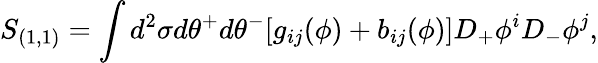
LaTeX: S_{(1,1)}=\int d^{2}\sigma d\theta^{+}d\theta^{-}[g_{ij}(\phi)+b_{ij}(\phi)]D_{+}\phi^{i}D_{-}\phi^{j},